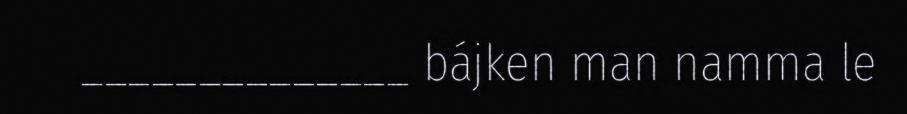
______________ bájken man namma le